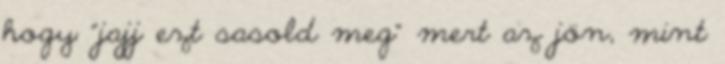
hogy "jajj ezt sasold meg" mert az jön, mint